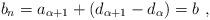
LaTeX: \begin{align*}b_n = a_{\alpha + 1} + (d_{\alpha + 1} - d_\alpha) = b \ ,\end{align*}